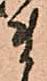
ま